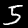
Label: 5